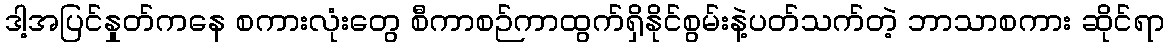
ဒါ့အပြင်နှုတ်ကနေ စကားလုံးတွေ စီကာစဉ်ကာထွက်ရှိနိုင်စွမ်းနဲ့ပတ်သက်တဲ့ ဘာသာစကား ဆိုင်ရာ